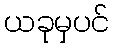
ယခုမှပင်